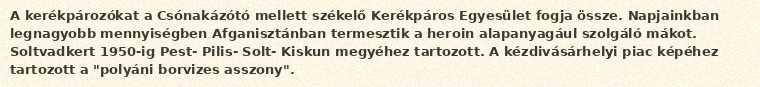
A kerékpározókat a Csónakázótó mellett székelő Kerékpáros Egyesület fogja össze. Napjainkban legnagyobb mennyiségben Afganisztánban termesztik a heroin alapanyagául szolgáló mákot. Soltvadkert 1950-ig Pest- Pilis- Solt- Kiskun megyéhez tartozott. A kézdivásárhelyi piac képéhez tartozott a "polyáni borvizes asszony".